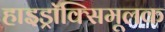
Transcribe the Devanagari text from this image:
हाइड्रॉक्सिमूलक